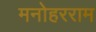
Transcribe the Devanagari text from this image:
मनोहरराम